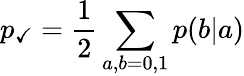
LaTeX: p_{\checkmark}=\frac{1}{2}\sum_{a,b=0,1}p(b|a)